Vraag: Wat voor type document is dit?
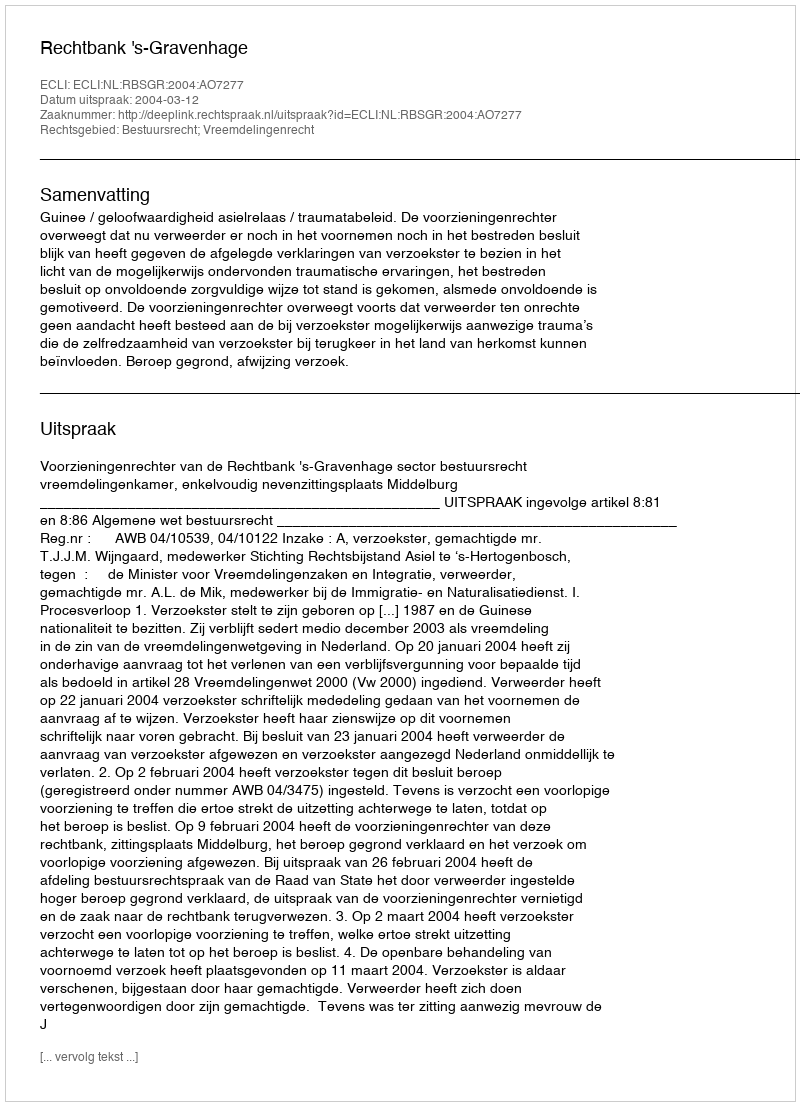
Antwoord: Uitspraak